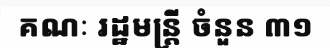
គណៈ រដ្ឋមន្ត្រី ចំនួន ៣១